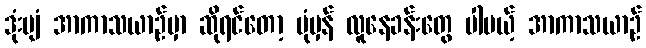
ဒုံးပျံ အာကာသယာဉ်မှာ ဆိုရင်တော့ ပုံမှန် လူနေခန်းတွေ ပါမယ့် အာကာသယာဉ်